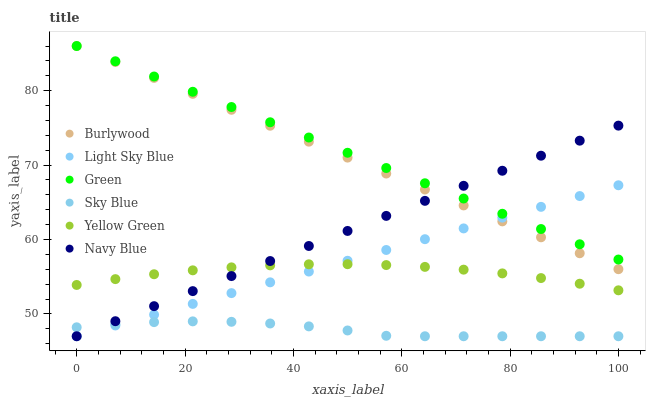
| xaxis_label | Burlywood | Light Sky Blue | Green | Sky Blue | Yellow Green | Navy Blue |
 | --- | --- | --- | --- | --- | --- | --- |
 | 0 | 86 | 47 | 86 | 48.2 | 53.9 | 47 |
 | 7.14 | 83.9 | 48.4 | 84 | 48.6 | 54.7 | 49 |
 | 14.3 | 81.7 | 49.9 | 81.9 | 48.9 | 55.3 | 51 |
 | 21.4 | 79.6 | 51.3 | 79.9 | 49 | 55.9 | 53.1 |
 | 28.6 | 77.4 | 52.8 | 77.8 | 48.9 | 56.3 | 55.1 |
 | 35.7 | 75.3 | 54.2 | 75.8 | 48.7 | 56.5 | 57.1 |
 | 42.9 | 73.1 | 55.7 | 73.7 | 48.3 | 56.7 | 59.1 |
 | 50 | 71 | 57.1 | 71.7 | 47.8 | 56.7 | 61.2 |
 | 57.1 | 68.9 | 58.6 | 69.6 | 47.1 | 56.6 | 63.2 |
 | 64.3 | 66.7 | 60 | 67.6 | 47 | 56.3 | 65.2 |
 | 71.4 | 64.6 | 61.5 | 65.5 | 47 | 55.9 | 67.2 |
 | 78.6 | 62.4 | 62.9 | 63.5 | 47 | 55.4 | 69.2 |
 | 85.7 | 60.3 | 64.4 | 61.4 | 47 | 54.8 | 71.3 |
 | 92.9 | 58.2 | 65.8 | 59.4 | 47 | 54.1 | 73.3 |
 | 100 | 56 | 67.3 | 57.3 | 47 | 53.2 | 75.3 |